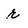
Character: r